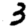
Digit: 3